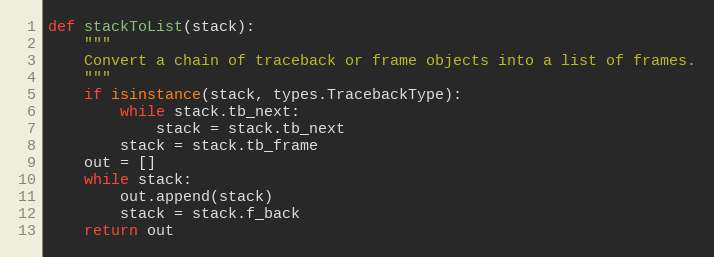
Language: Python
def stackToList(stack):
    """
    Convert a chain of traceback or frame objects into a list of frames.
    """
    if isinstance(stack, types.TracebackType):
        while stack.tb_next:
            stack = stack.tb_next
        stack = stack.tb_frame
    out = []
    while stack:
        out.append(stack)
        stack = stack.f_back
    return out